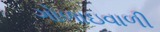
ગોળાઇવાળી